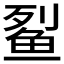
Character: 𫚓